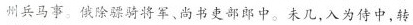
州兵马事。俄除骠骑将军、尚书吏部郎中。未几，入为侍中，转